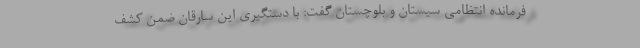
فرمانده انتظامی سیستان و بلوچستان گفت: با دستگیری این سارقان ضمن کشف